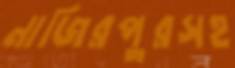
নাজিরপুরসহ